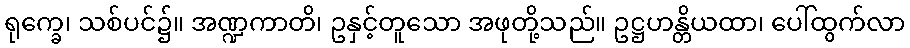
ရုက္ခေ၊ သစ်ပင်၌။ အဏ္ဍကာတိ၊ ဥနှင့်တူသော အဖုတို့သည်။ ဥဋ္ဌဟန္တိယထာ၊ ပေါ်ထွက်လာ